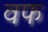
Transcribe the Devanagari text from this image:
वफ